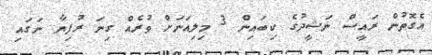
އެގޮތުން ރައީސް ނަޝީދުގެ ކިބައިން 3 މިލިއަނަށް ވުރެއް ގިނަ ރުފިޔާ ނަގައި